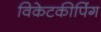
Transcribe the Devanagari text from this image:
विकेटकीपिंग